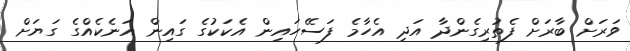
ވަރަށް ބާރަށް ފެތުރިގެންދާ އަދި އެހާމެ ފަސޭހައިން އެކަކުގެ ގައިން އަނެކެއްގެ ގަޔަށް